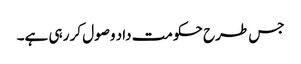
جس طرح حکومت داد وصول کر رہی ہے۔